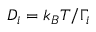
D _ { i } = k _ { B } T / \Gamma _ { i }